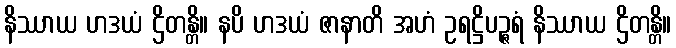
နိဿာယ ဟဒယံ ဌိတန္တိ။ နပိ ဟဒယံ ဇာနာတိ အဟံ ဥရဋ္ဌိပဉ္ဇရံ နိဿာယ ဌိတန္တိ။